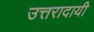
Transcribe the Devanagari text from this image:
उत्तरादायी